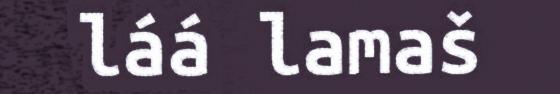
láá lamaš